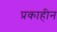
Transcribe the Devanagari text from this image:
प्रकाहीन